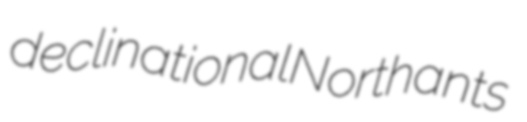
declinational Northants